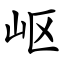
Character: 岖